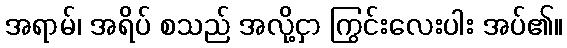
အရာမ်၊ အရိပ် စသည် အလို့ငှာ ကြွင်းလေးပါး အပ်၏။